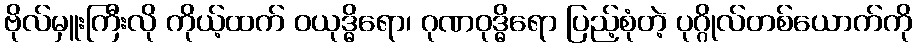
ဗိုလ်မှူးကြီးလို ကိုယ့်ထက် ဝယုဒ္ဓိရော၊ ဂုဏဝုဒ္ဓိရော ပြည့်စုံတဲ့ ပုဂ္ဂိုလ်တစ်ယောက်ကို